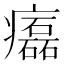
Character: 𤻳